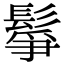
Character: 鬇